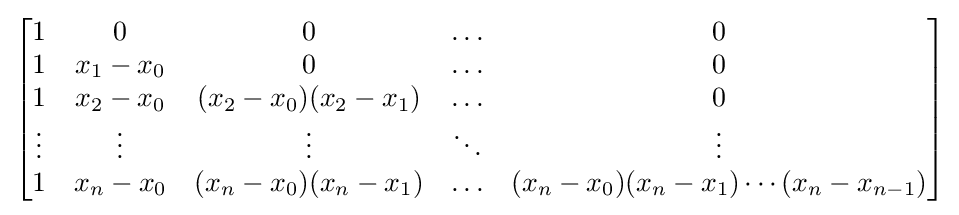
{\begin{bmatrix}1&0&0&\ldots &0\\1&x_{1}-x_{0}&0&\ldots &0\\1&x_{2}-x_{0}&(x_{2}-x_{0})(x_{2}-x_{1})&\ldots &0\\\vdots &\vdots &\vdots &\ddots &\vdots \\1&x_{n}-x_{0}&(x_{n}-x_{0})(x_{n}-x_{1})&\ldots &(x_{n}-x_{0})(x_{n}-x_{1})\cdots (x_{n}-x_{n-1})\end{bmatrix}}